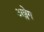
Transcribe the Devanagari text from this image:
अश्लेग